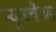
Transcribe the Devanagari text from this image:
न्यूजचैनल